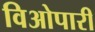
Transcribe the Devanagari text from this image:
विओपारी